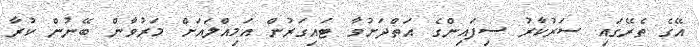
އޭގެ ތެރޭގައި ސަރުކާރު ސިފައިންގެ އަތްދަށުވާ ޓައިގަރުން އަމިއްލައަށް މަރުވާން ބޭނުން ކުރާ